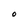
Character: O